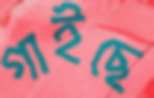
গাইছে